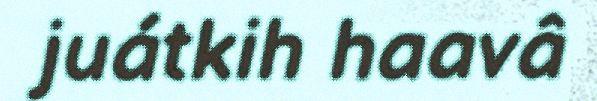
juátkih haavâ